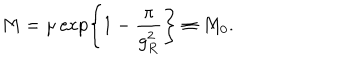
LaTeX: M = \mu \exp \left\{ 1 - \frac { \pi } { g _ { R } ^ { 2 } } \right\} \equiv M _ { 0 } .